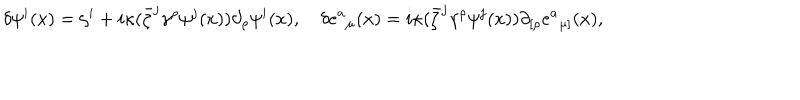
\delta \psi ^ { i } ( x ) = \zeta ^ { i } + i \kappa ( \bar { \zeta } ^ { j } { \gamma } ^ { \rho } \psi ^ { j } ( x ) ) \partial _ { \rho } \psi ^ { i } ( x ) , \quad \delta { e ^ { a } } _ { \mu } ( x ) = i \kappa ( \bar { \zeta } ^ { j } { \gamma } ^ { \rho } \psi ^ { j } ( x ) ) \partial _ { [ \rho } { e ^ { a } } _ { \mu ] } ( x ) ,